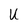
Character: U